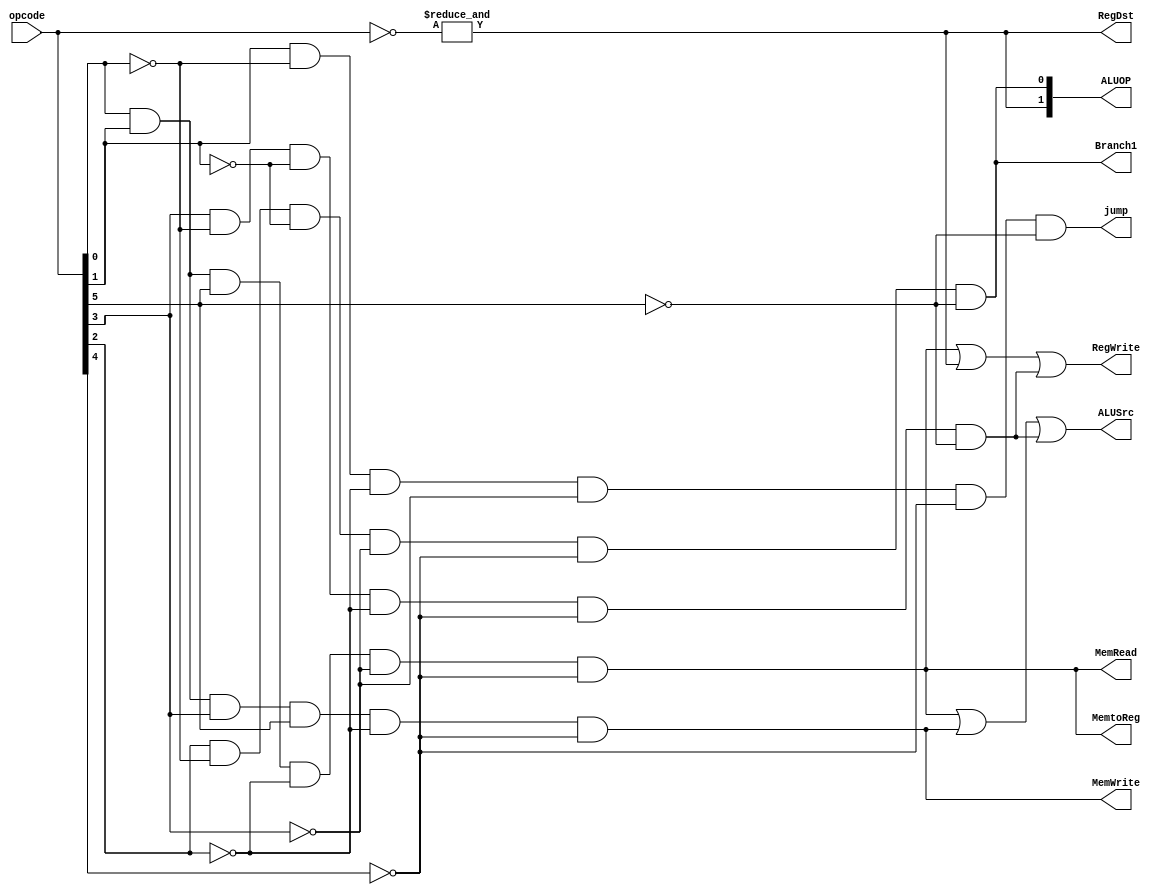
`timescale 1ps/1ps
module bigcontrol(input [5:0] opcode,
                  output reg  [1:0] ALUOP,
                  output   reg    RegDst, Branch1,MemRead, MemtoReg, MemWrite, ALUSrc, RegWrite, jump
                  );
    always @ (*)
      begin
          RegDst = & (~opcode);
          ALUSrc = ( opcode[0] & opcode[1] & opcode[5] & ~opcode[2] & ~opcode[3] & ~opcode[4]) | (opcode[0] & opcode[1] & opcode[3] & opcode[5] & ~opcode[2] & ~opcode[4]) | (opcode[3] & ~opcode[0] & ~opcode[1] & ~opcode[2] & ~opcode[4] & ~opcode[5]);

          MemtoReg =  opcode[0] & opcode[1] & opcode[5] & ~opcode[2] & ~opcode[3] & ~opcode[4];
          RegWrite =  (opcode[0] & opcode[1] & opcode[5] & ~opcode[2] & ~opcode[3] & ~opcode[4] )| (& (~opcode))| (opcode[3] & ~opcode[0] & ~opcode[1] & ~opcode[2] & ~opcode[4] & ~opcode[5]);
          MemRead =   opcode[0] & opcode[1] & opcode[5] & ~opcode[2] & ~opcode[3] & ~opcode[4];
          MemWrite =  (opcode[0] & opcode[1] & opcode[3] & opcode[5] & ~opcode[2] & ~opcode[4]);
          Branch1 = opcode[2] & ~opcode[0] & ~opcode[1] & ~opcode[3] & ~opcode[4] & ~opcode[5] ;
          ALUOP[1] = & (~opcode);
          ALUOP[0] = opcode[2] & ~opcode[0] & ~opcode[1] & ~opcode[3] & ~opcode[4] & ~opcode[5] ;
          jump = opcode[1] & ~opcode[0] & ~opcode[2] & ~opcode[3] & ~opcode[4] & ~opcode[5];
          
      end // always @ (*)
endmodule // bigcontrol